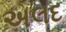
અલદ